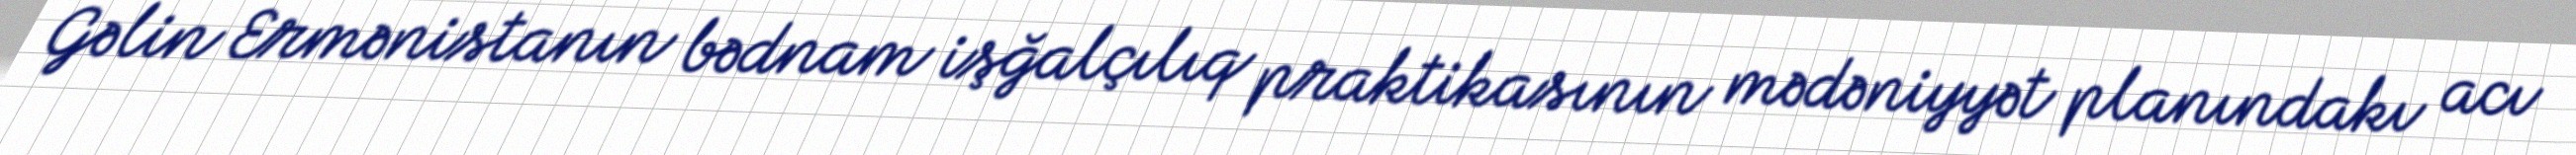
Gəlin Ermənistanın bədnam işğalçılıq praktikasının mədəniyyət planındakı acı